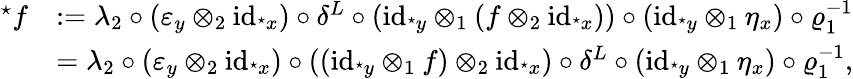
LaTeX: \begin{array}{rl}{^{\star}f}&{:=\lambda_{2}\circ(\varepsilon_{y}\otimes_{2}\textnormal{id}_{^{\star}x})\circ\delta^{L}\circ(\textnormal{id}_{^{\star}y}\otimes_{1}(f\otimes_{2}\textnormal{id}_{^{\star}x}))\circ(\textnormal{id}_{^{\star}y}\otimes_{1}\eta_{x})\circ\varrho_{1}^{-1}}\\ &{=\lambda_{2}\circ(\varepsilon_{y}\otimes_{2}\textnormal{id}_{^{\star}x})\circ((\textnormal{id}_{^{\star}y}\otimes_{1}f)\otimes_{2}\textnormal{id}_{^{\star}x})\circ\delta^{L}\circ(\textnormal{id}_{^{\star}y}\otimes_{1}\eta_{x})\circ\varrho_{1}^{-1},}\end{array}